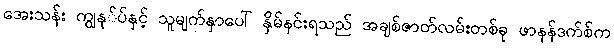
အေးသန်း ကျွနု်ပ်နှင့် သူမျက်နှာပေါ် နှိမ်နင်းရသည် အချစ်ဇာတ်လမ်းတစ်ခု ဖာနန်ဒက်စ်က